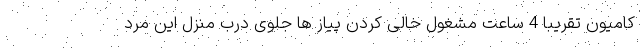
کامیون تقریباً 4 ساعت مشغول خالی کردن پیاز ها جلوی درب منزل این مرد